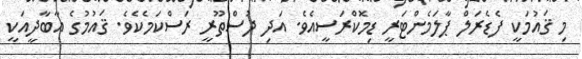
މި ޤައުމަކީ ފެޑެރަލް ޕާލަމެންޓަރީ ޑިމޮކްރަސީއެވެ. އަދި ދުސްތޫރީ ރަސްކަމެކެވެ. ޤައުމުގެ އާބާދީއަކީ